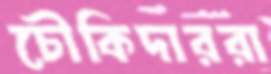
চৌকিদাররা